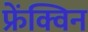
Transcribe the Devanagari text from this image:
फ्रेंक्विन